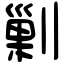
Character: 剿